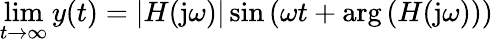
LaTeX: \operatorname*{lim}_{t\to\infty}y(t)=|H(\mathrm{j}\omega)|\sin\left(\omega t+\arg\left(H(\mathrm{j}\omega)\right)\right)